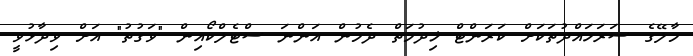
މާލޭގެ ސަރަހައްދުތަކަށް ކަރަންޓް ޚިދުމަތް ދެމުން އަންނަ ސްޓެލްކޯއިން "ވަގުތު" އަށް ވިދާޅުވީ